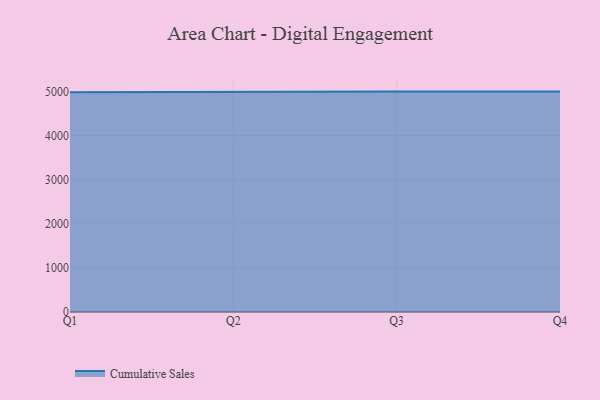
{"axis": {"x": "Quarter", "y": "Satisfaction Score"}, "legend": ["Cumulative Sales"], "data": [{"x": "Q1", "y": 4985.9, "type": "Cumulative Sales"}, {"x": "Q2", "y": 5000, "type": "Cumulative Sales"}, {"x": "Q3", "y": 5000, "type": "Cumulative Sales"}, {"x": "Q4", "y": 5000, "type": "Cumulative Sales"}]}